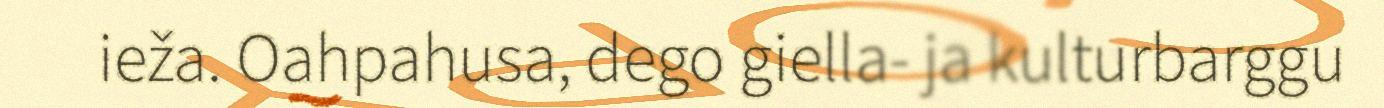
ieža. Oahpahusa, dego giella- ja kulturbarggu